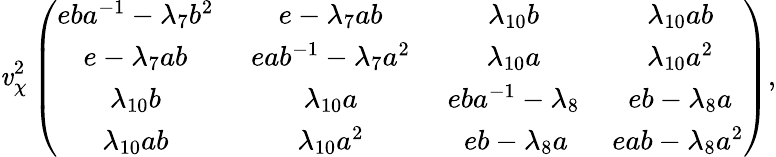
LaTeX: \mathit{v}_{\chi}^{2}\left(\begin{array}{cccc}{{eba^{-1}-\lambda_{7}b^{2}\, }}&{{\, e-\lambda_{7}ab\, }}&{{\, \lambda_{10}b\, }}&{{\, \lambda_{10}ab}}\\ {{e-\lambda_{7}ab\, }}&{{\, eab^{-1}-\lambda_{7}a^{2}\, }}&{{\, \lambda_{10}a\, }}&{{\, \lambda_{10}a^{2}}}\\ {{\lambda_{10}b\, }}&{{\, \lambda_{10}a\, }}&{{\, eba^{-1}-\lambda_{8}\, }}&{{\, eb-\lambda_{8}a}}\\ {{\lambda_{10}ab\, }}&{{\, \lambda_{10}a^{2}\, }}&{{\, eb-\lambda_{8}a}}&{{eab-\lambda_{8}a^{2}}}\end{array}\right),